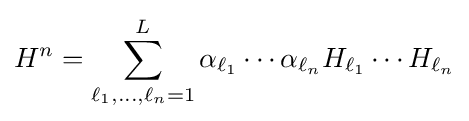
H^{n}=\sum _{\ell _{1},\ldots ,\ell _{n}=1}^{L}\alpha _{\ell _{1}}\cdots \alpha _{\ell _{n}}H_{\ell _{1}}\cdots H_{\ell _{n}}